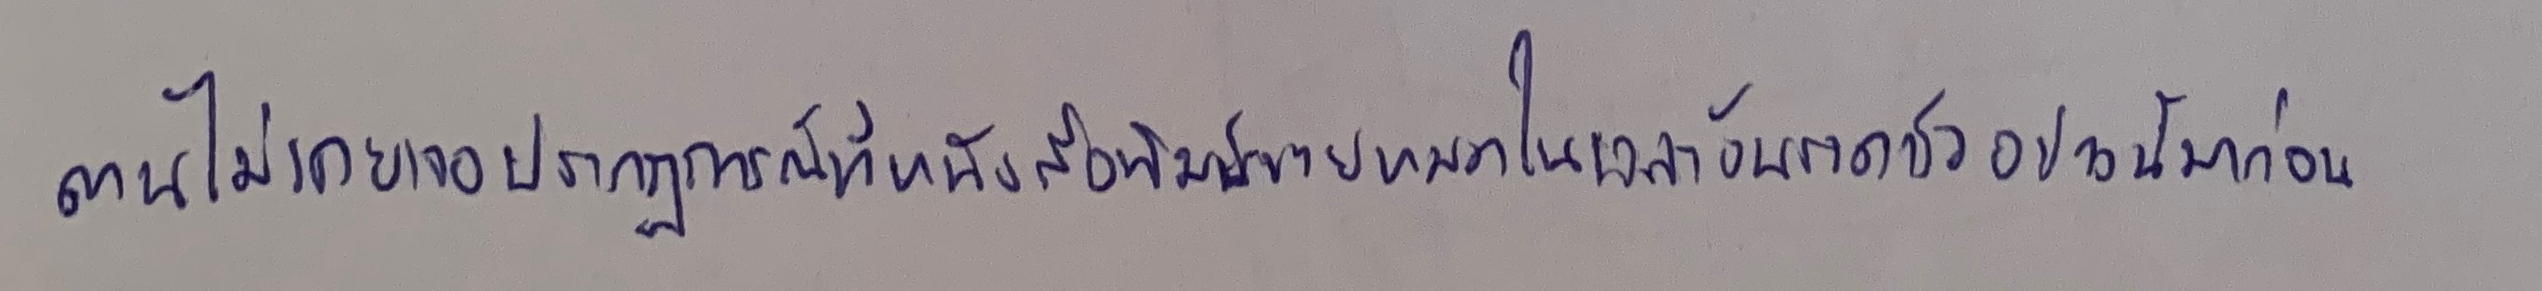
ตนไม่เคยเจอปรากฏการณ์ที่หนังสือพิมพ์ขายหมดในเวลาอันรวดเร็วอย่างนี้มาก่อน